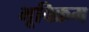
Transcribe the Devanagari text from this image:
भूविक्रम